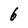
Character: 6